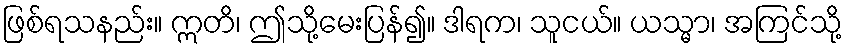
ဖြစ်ရသနည်း။ ဣတိ၊ ဤသို့မေးပြန်၍။ ဒါရက၊ သူငယ်။ ယသ္မာ၊ အကြင်သို့